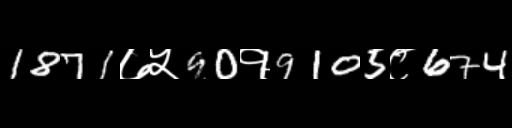
Text: 1871७५90१9105८674